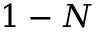
1 - N